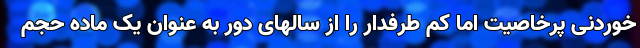
خوردنی پرخاصیت اما کم طرفدار را از سالهای دور به عنوان یک ماده حجم